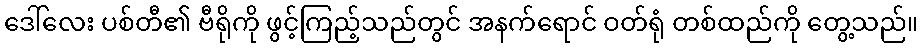
ဒေါ်လေး ပစ်တီ၏ ဗီရိုကို ဖွင့်ကြည့်သည်တွင် အနက်ရောင် ဝတ်ရုံ တစ်ထည်ကို တွေ့သည်။